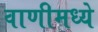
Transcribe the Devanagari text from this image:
वाणीमध्ये